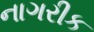
નાગરીક